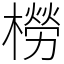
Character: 橯